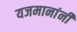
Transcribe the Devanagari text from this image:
यजमानांनी